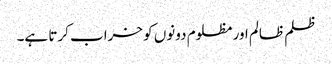
ظلم ظالم اور مظلوم دونوں کو خراب کرتا ہے۔